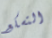
التسكع